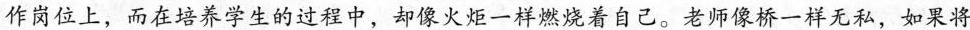
作岗位上，而在培养学生的过程中，却像火炬一样燃烧着自己。老师像桥一样无私，如果将